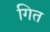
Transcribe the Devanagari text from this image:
गित